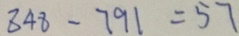
8 4 8 - 7 9 1 = 5 7